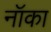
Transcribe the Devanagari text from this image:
नॉका